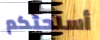
أسلحتكم